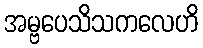
အမ္ဗပေသိသကလေဟိ